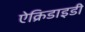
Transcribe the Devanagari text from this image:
ऐक्रिडाइडी